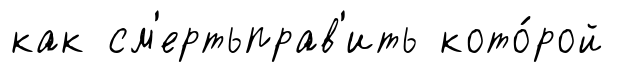
как см'ертьправ'ить кото́рой